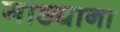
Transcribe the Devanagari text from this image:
गाड्याना